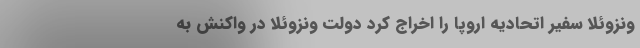
ونزوئلا سفیر اتحادیه اروپا را اخراج کرد دولت ونزوئلا در واکنش به